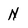
Character: N